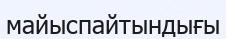
майыспайтындығы